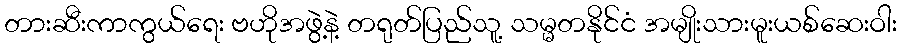
တားဆီးကာကွယ်ရေး ဗဟိုအဖွဲ့နဲ့ တရုတ်ပြည်သူ့ သမ္မတနိုင်ငံ အမျိုးသားမူးယစ်ဆေးဝါး